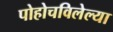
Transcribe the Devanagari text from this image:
पोहोचविलेल्या